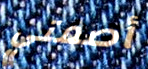
أصمتي